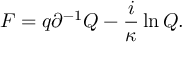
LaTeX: { \cal F } = q \partial ^ { - 1 } Q - \frac { i } { \kappa } \ln Q .